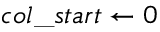
c o l \_ s t a r t \gets 0